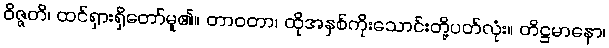
ဝိဇ္ဇတိ၊ ထင်ရှားရှိတော်မူ၏။ တာဝတာ၊ ထိုအနှစ်ကိုးသောင်းတို့ပတ်လုံး။ တိဋ္ဌမာနော၊